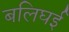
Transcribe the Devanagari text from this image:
बलिघई